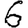
Digit: 6